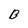
Character: B